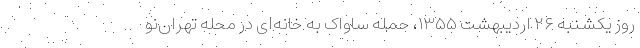
روز یکشنبه ۲۶ اردیبهشت ۱۳۵۵، حمله ساواک به خانه‌ای در محله تهران‌نو